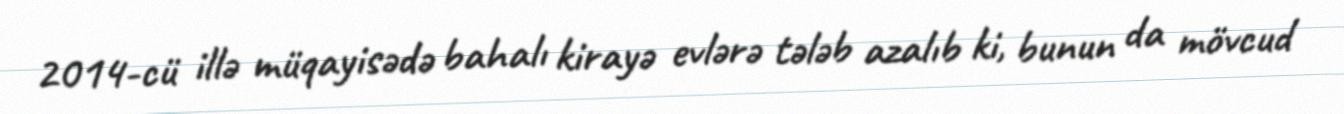
2014-cü illə müqayisədə bahalı kirayə evlərə tələb azalıb ki, bunun da mövcud